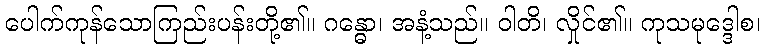
ပေါက်ကုန်သောကြည်းပန်းတို့၏။ ဂန္ဓော၊ အနံ့သည်။ ဝါတိ၊ လှိုင်၏။ ကုသမုဒ္ဒေါစ၊